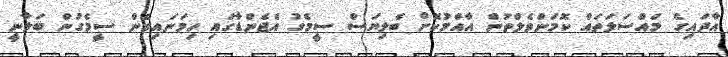
އާދައިގެ މައްސަލަތައް ކޮމަންވެލްތުން އާއްމުކޮށް ބެލިޔަސް ސީމެގު އެޖެންޑާގައި ހިމަނައިގެން ސީމެގުން ބަލާނީ